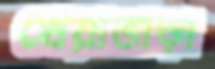
খেয়াভাড়া